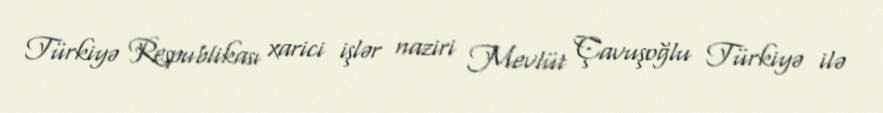
Türkiyə Respublikası xarici işlər naziri Mevlüt Çavuşoğlu Türkiyə ilə